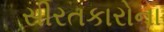
સીરતકારોના